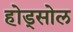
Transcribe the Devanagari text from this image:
होड्सोल